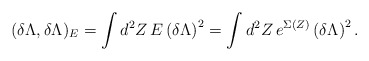
\begin{align*}(\delta \Lambda ,\delta \Lambda )_{E}=\int d^{2}Z\, E \left( \delta \Lambda\right)^{2}=\int d^{2}Z\, e^{\Sigma (Z)}\left( \delta \Lambda \right)^{2}.\end{align*}